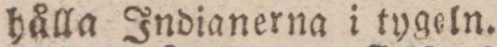
hålla Indianerna i tygeln.